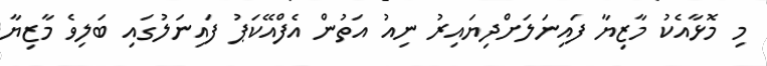
މި މޮޅާއެކު މާޒިޔާ ފައިނަލަށްދިޔައިރު ނިއު އަތުން އެފްއޭކަޕު ފައިނަލުގައި ބަލިވެ މާޒިޔާ